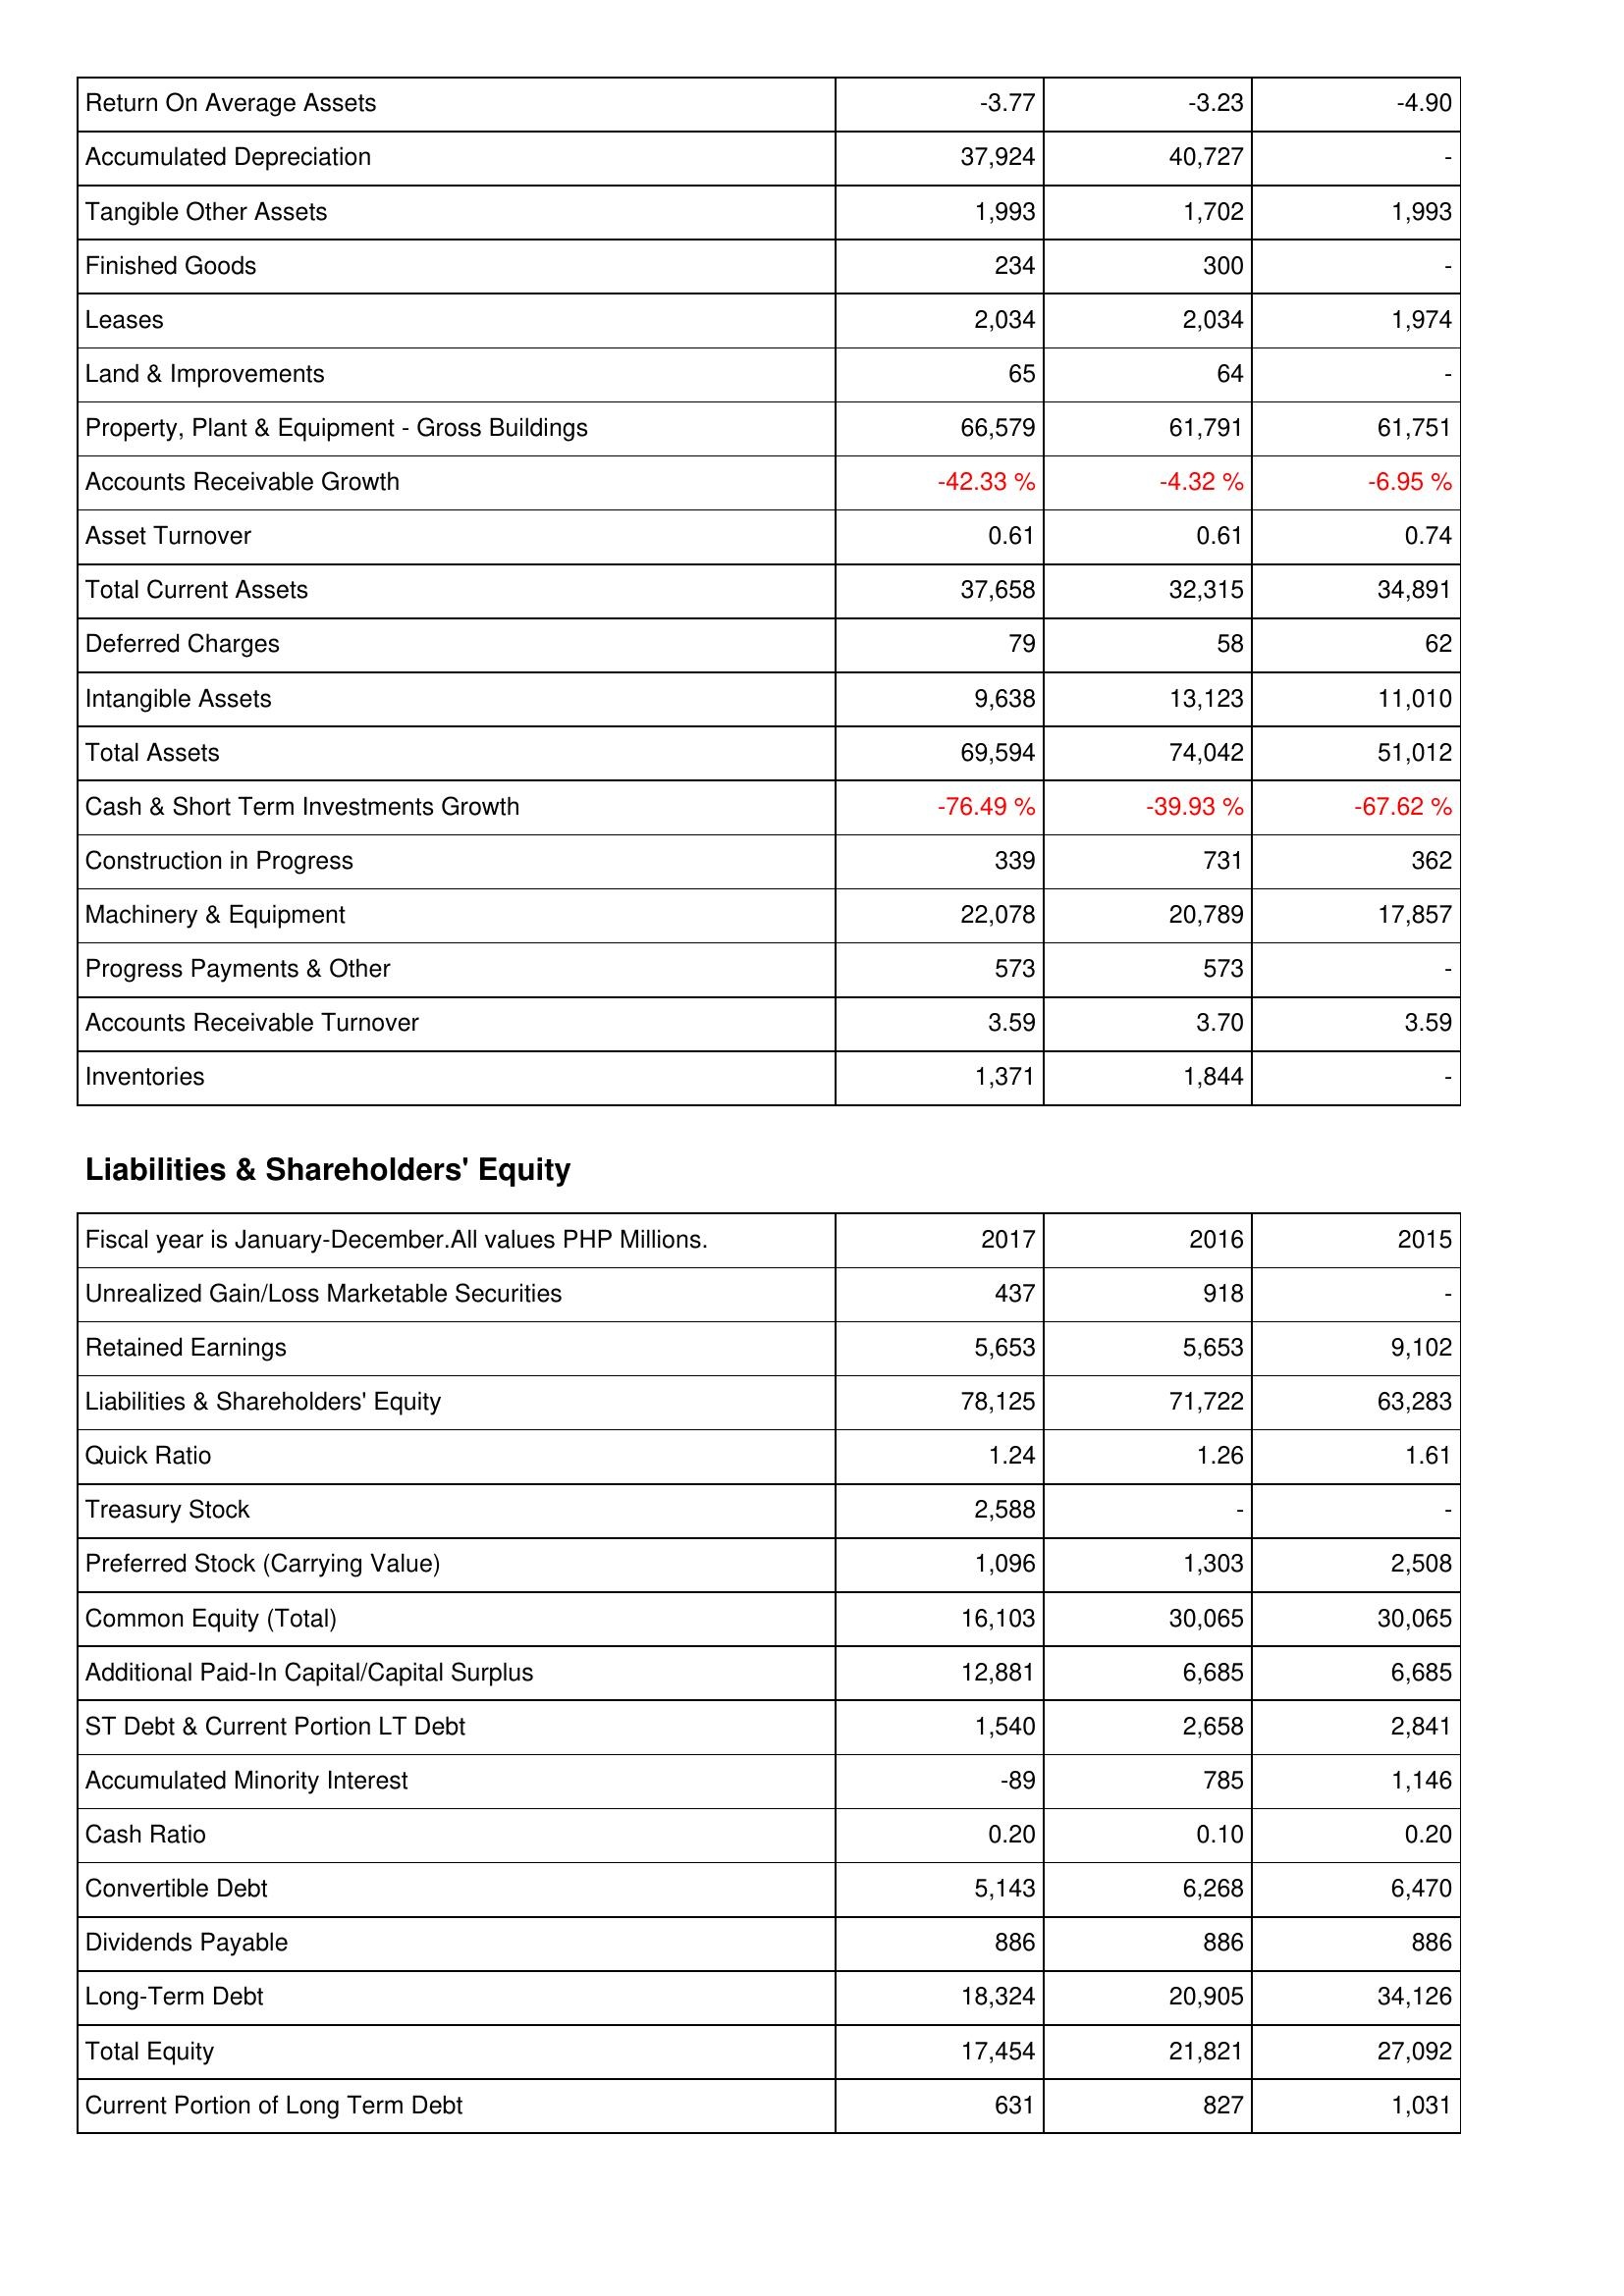
2017: Assets: Return On Average Assets: -3.77
Accumulated Depreciation: 37,924
Tangible Other Assets: 1,993
Finished Goods: 234
Leases: 2,034
Land & Improvements: 65
Property, Plant & Equipment - Gross Buildings: 66,579
Accounts Receivable Growth: -42.33 %
Asset Turnover: 0.61
Total Current Assets: 37,658
Deferred Charges: 79
Intangible Assets: 9,638
Total Assets: 69,594
Cash & Short Term Investments Growth: -76.49 %
Construction in Progress: 339
Machinery & Equipment: 22,078
Progress Payments & Other: 573
Accounts Receivable Turnover: 3.59
Inventories: 1,371
Liabilities & Shareholders' Equity: Unrealized Gain/Loss Marketable Securities: 437
Retained Earnings: 5,653
Liabilities & Shareholders' Equity: 78,125
Quick Ratio: 1.24
Treasury Stock: 2,588
Preferred Stock (Carrying Value): 1,096
Common Equity (Total): 16,103
Additional Paid-In Capital/Capital Surplus: 12,881
ST Debt & Current Portion LT Debt: 1,540
Accumulated Minority Interest: -89
Cash Ratio: 0.20
Convertible Debt: 5,143
Dividends Payable: 886
Long-Term Debt: 18,324
Total Equity: 17,454
Current Portion of Long Term Debt: 631
2016: Assets: Return On Average Assets: -3.23
Accumulated Depreciation: 40,727
Tangible Other Assets: 1,702
Finished Goods: 300
Leases: 2,034
Land & Improvements: 64
Property, Plant & Equipment - Gross Buildings: 61,791
Accounts Receivable Growth: -4.32 %
Asset Turnover: 0.61
Total Current Assets: 32,315
Deferred Charges: 58
Intangible Assets: 13,123
Total Assets: 74,042
Cash & Short Term Investments Growth: -39.93 %
Construction in Progress: 731
Machinery & Equipment: 20,789
Progress Payments & Other: 573
Accounts Receivable Turnover: 3.70
Inventories: 1,844
Liabilities & Shareholders' Equity: Unrealized Gain/Loss Marketable Securities: 918
Retained Earnings: 5,653
Liabilities & Shareholders' Equity: 71,722
Quick Ratio: 1.26
Treasury Stock: -
Preferred Stock (Carrying Value): 1,303
Common Equity (Total): 30,065
Additional Paid-In Capital/Capital Surplus: 6,685
ST Debt & Current Portion LT Debt: 2,658
Accumulated Minority Interest: 785
Cash Ratio: 0.10
Convertible Debt: 6,268
Dividends Payable: 886
Long-Term Debt: 20,905
Total Equity: 21,821
Current Portion of Long Term Debt: 827
2015: Assets: Return On Average Assets: -4.90
Accumulated Depreciation: -
Tangible Other Assets: 1,993
Finished Goods: -
Leases: 1,974
Land & Improvements: -
Property, Plant & Equipment - Gross Buildings: 61,751
Accounts Receivable Growth: -6.95 %
Asset Turnover: 0.74
Total Current Assets: 34,891
Deferred Charges: 62
Intangible Assets: 11,010
Total Assets: 51,012
Cash & Short Term Investments Growth: -67.62 %
Construction in Progress: 362
Machinery & Equipment: 17,857
Progress Payments & Other: -
Accounts Receivable Turnover: 3.59
Inventories: -
Liabilities & Shareholders' Equity: Unrealized Gain/Loss Marketable Securities: -
Retained Earnings: 9,102
Liabilities & Shareholders' Equity: 63,283
Quick Ratio: 1.61
Treasury Stock: -
Preferred Stock (Carrying Value): 2,508
Common Equity (Total): 30,065
Additional Paid-In Capital/Capital Surplus: 6,685
ST Debt & Current Portion LT Debt: 2,841
Accumulated Minority Interest: 1,146
Cash Ratio: 0.20
Convertible Debt: 6,470
Dividends Payable: 886
Long-Term Debt: 34,126
Total Equity: 27,092
Current Portion of Long Term Debt: 1,031